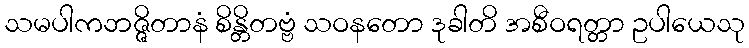
သမပါကဘဇ္ဇိတာနံ စိန္တိတဗ္ဗံ သဝနတော ဒုခါတိ အစီဝရတ္တာ ဥပါယေသု